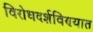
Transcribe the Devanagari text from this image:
विरोधदर्शविण्यात